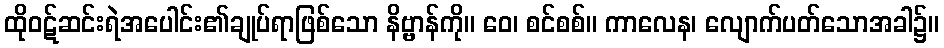
ထိုဝဋ်ဆင်းရဲအပေါင်း၏ချုပ်ရာဖြစ်သော နိဗ္ဗာန်ကို။ ဝေ၊ စင်စစ်။ ကာလေန၊ လျောက်ပတ်သောအခါ၌။